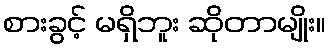
စားခွင့် မရှိဘူး ဆိုတာမျိုး။